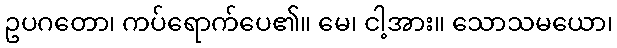
ဥပဂတော၊ ကပ်ရောက်ပေ၏။ မေ၊ ငါ့အား။ သောသမယော၊